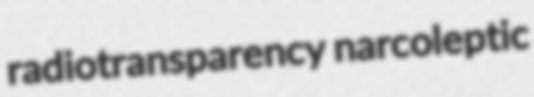
radiotransparency narcoleptic